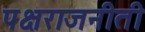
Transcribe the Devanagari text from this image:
पक्षराजनीती